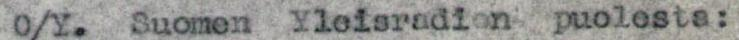
O/Y. Suomen yleisradion puolesta: